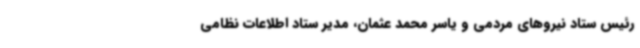
رئیس ستاد نیروهای مردمی و یاسر محمد عثمان، مدیر ستاد اطلاعات نظامی